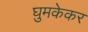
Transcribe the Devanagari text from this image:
घुमकेकर